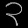
Digit: ၃